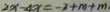
2 x - 4 x = - 2 + m + m .